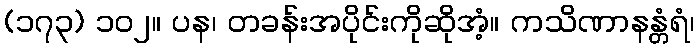
(၁၇၃) ၁၀၂။ ပန၊ တခန်းအပိုင်းကိုဆိုအံ့။ ကသိဏာနန္တံရံ၊